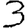
Digit: 3